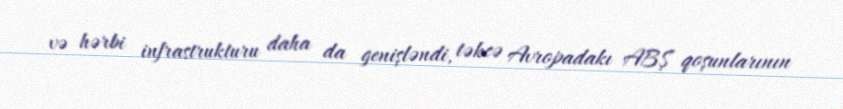
və hərbi infrastrukturu daha da genişləndi, təkcə Avropadakı ABŞ qoşunlarının